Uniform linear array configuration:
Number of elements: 8
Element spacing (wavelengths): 0.5
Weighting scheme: binomial
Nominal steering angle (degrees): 60
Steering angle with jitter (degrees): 59.665
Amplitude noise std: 0.05
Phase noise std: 0.05

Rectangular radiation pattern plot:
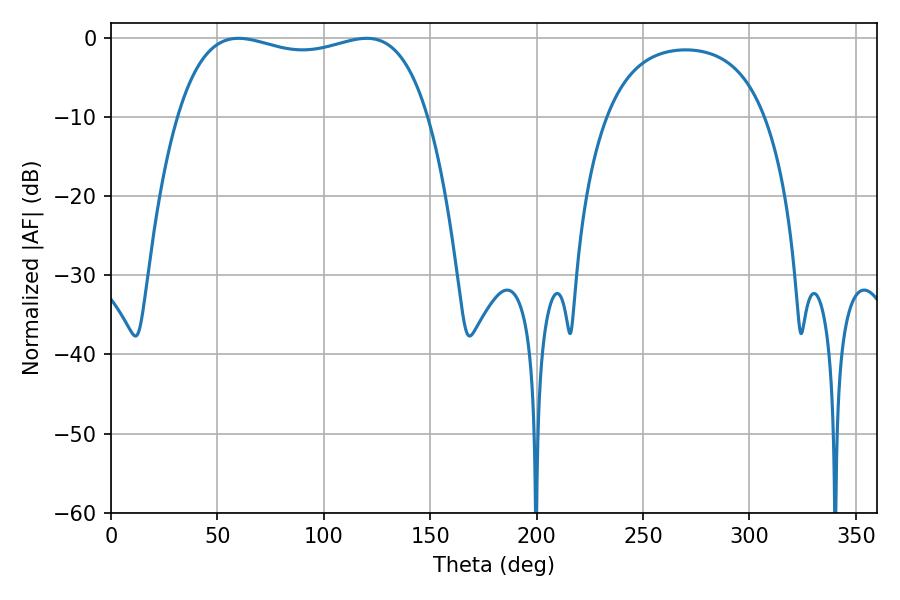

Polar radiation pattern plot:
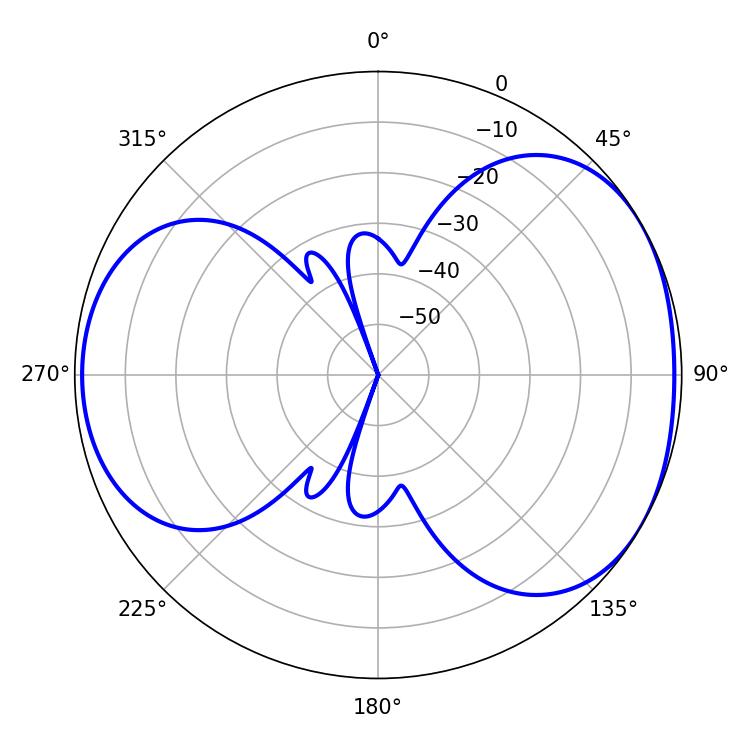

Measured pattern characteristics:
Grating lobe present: FALSE
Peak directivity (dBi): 4.476
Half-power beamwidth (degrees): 95.4
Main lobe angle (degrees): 59.94